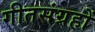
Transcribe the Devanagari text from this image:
गीतसंग्रहों